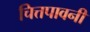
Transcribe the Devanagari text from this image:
चित्तपावनी